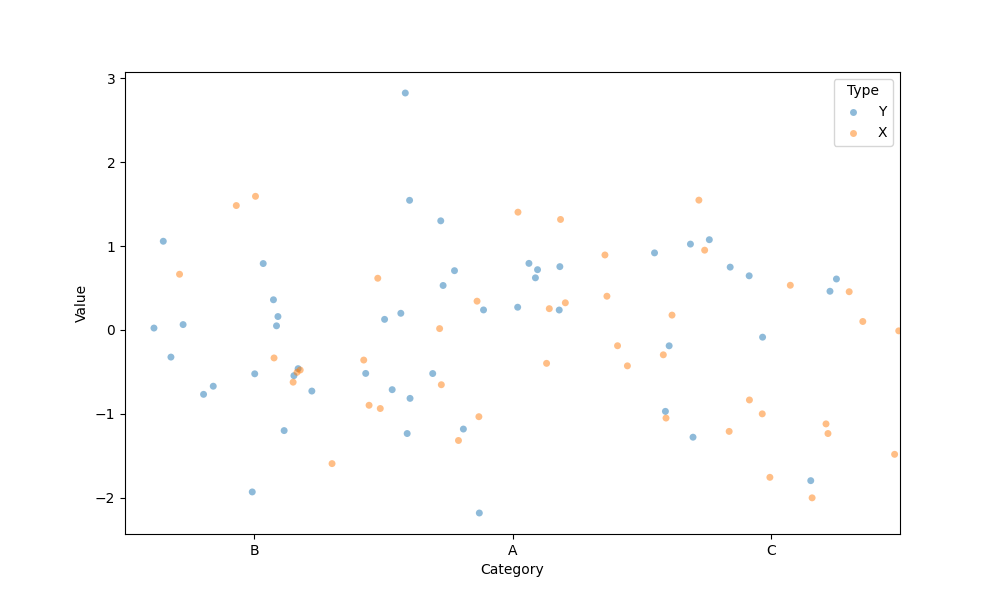
python, seaborn, stripplot, jitter=True, dodge=True, alpha=0.5, size=5